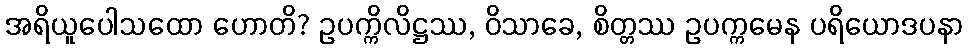
အရိယူပေါသထော ဟောတိ? ဥပက္ကိလိဋ္ဌဿ, ဝိသာခေ, စိတ္တဿ ဥပက္ကမေန ပရိယောဒပနာ